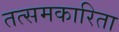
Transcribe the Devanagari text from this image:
तत्समकारिता